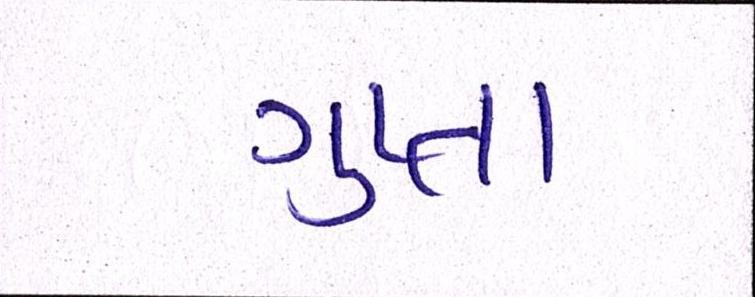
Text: ગુપ્તા